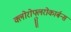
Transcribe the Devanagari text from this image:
क्लोरोफ्लुरोकार्बन्स